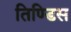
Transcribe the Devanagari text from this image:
तिण्डिस